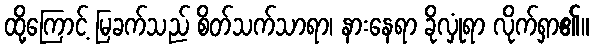
ထို့ကြောင့် မြခက်သည် စိတ်သက်သာရာ၊ နားနေရာ ခိုလှုံရာ လိုက်ရှာ၏။